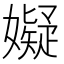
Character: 𫲆